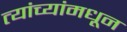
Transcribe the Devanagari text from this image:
त्यांच्यांमधून